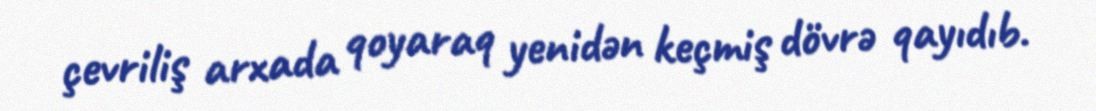
çevriliş arxada qoyaraq yenidən keçmiş dövrə qayıdıb.